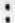
: